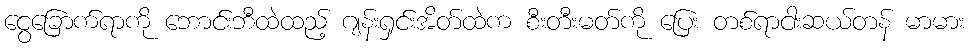
ငွေခြောက်ရာကို ဘောင်းဘီထဲထည့် ဂျန်းရှင်းအိတ်ထဲက စီးတီးမတ်ကို ပြေး တစ်ရာငါးဆယ်တန် မာမား